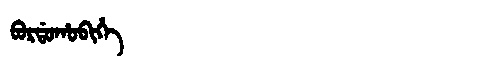
Manchu: ᠪᠣᡵᡩᠣᡥᠣᠪᡳᡥᡝ
Romanization: BORDOHOBIHE